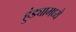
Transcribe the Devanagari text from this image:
हुंड्यामध्ये